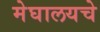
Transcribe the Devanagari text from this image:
मेघालयचे